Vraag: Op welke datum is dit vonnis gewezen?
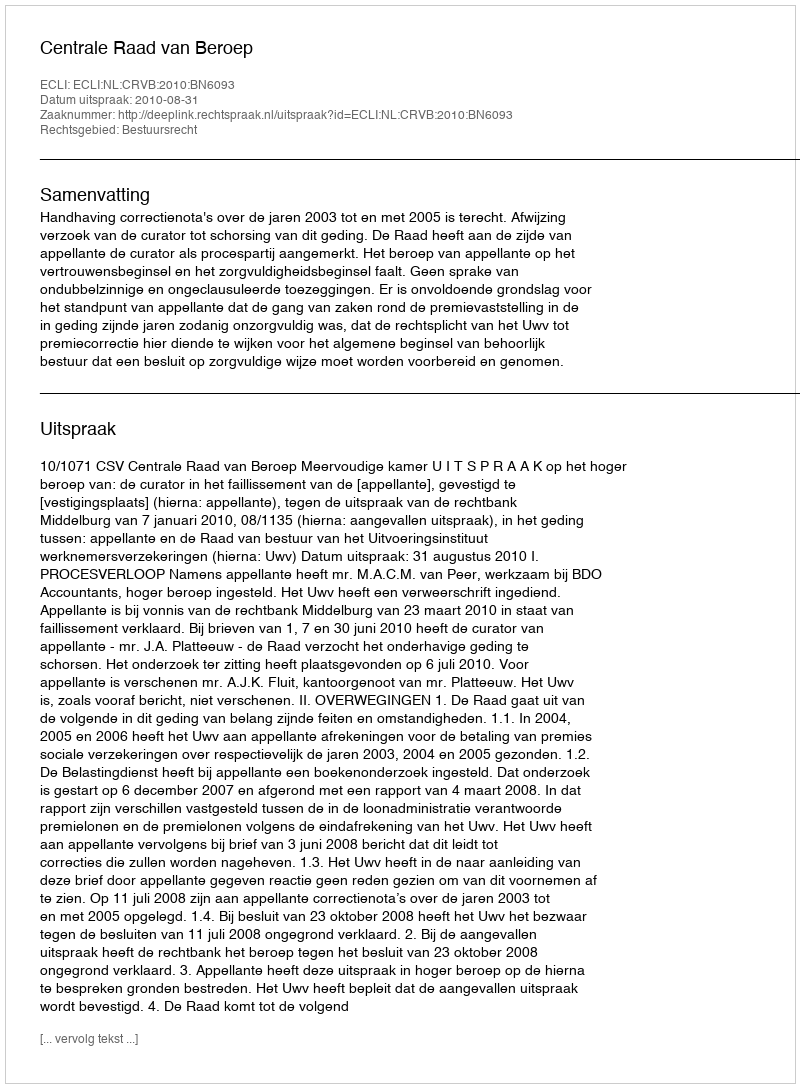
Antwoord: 2010-08-31